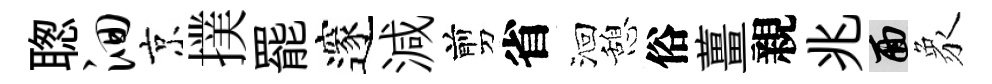
聦洄京撲罷邃減剪省洄憩俗薑親兆面象